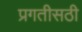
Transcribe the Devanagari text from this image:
प्रगतीसठी